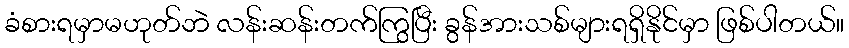
ခံစားရမှာမဟုတ်ဘဲ လန်းဆန်းတက်ကြွပြီး ခွန်အားသစ်များရရှိနိုင်မှာ ဖြစ်ပါတယ်။